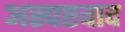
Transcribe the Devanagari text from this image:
अस्पष्टवाद